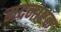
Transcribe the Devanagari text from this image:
मदनाष्टक